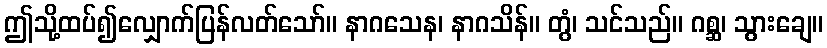
ဤသို့ထပ်၍လျှောက်ပြန်လတ်သော်။ နာဂသေန၊ နာဂသိန်။ တွံ၊ သင်သည်။ ဂစ္ဆ၊ သွားချေ။